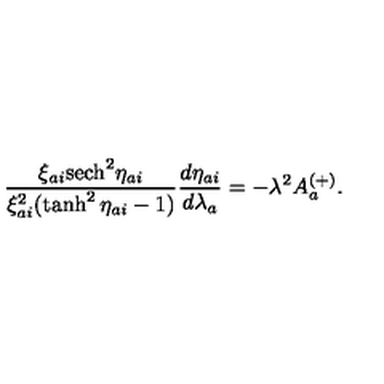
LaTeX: \frac { \xi _ { a i } \mathrm { s e c h } ^ { 2 } \eta _ { a i } } { \xi _ { a i } ^ { 2 } ( \tanh ^ { 2 } \eta _ { a i } - 1 ) } \frac { d \eta _ { a i } } { d \lambda _ { a } } = - \lambda ^ { 2 } A _ { a } ^ { ( + ) } .